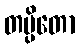
တပ္ပိတော